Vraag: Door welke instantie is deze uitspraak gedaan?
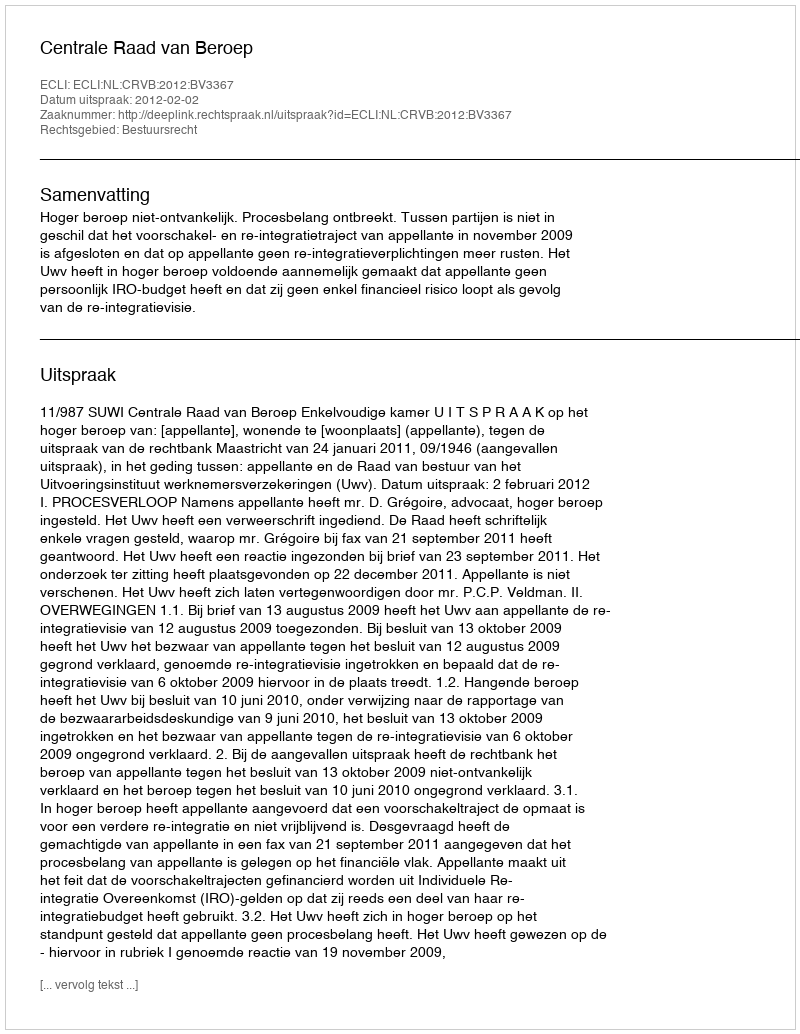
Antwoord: Centrale Raad van Beroep